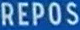
REPOS